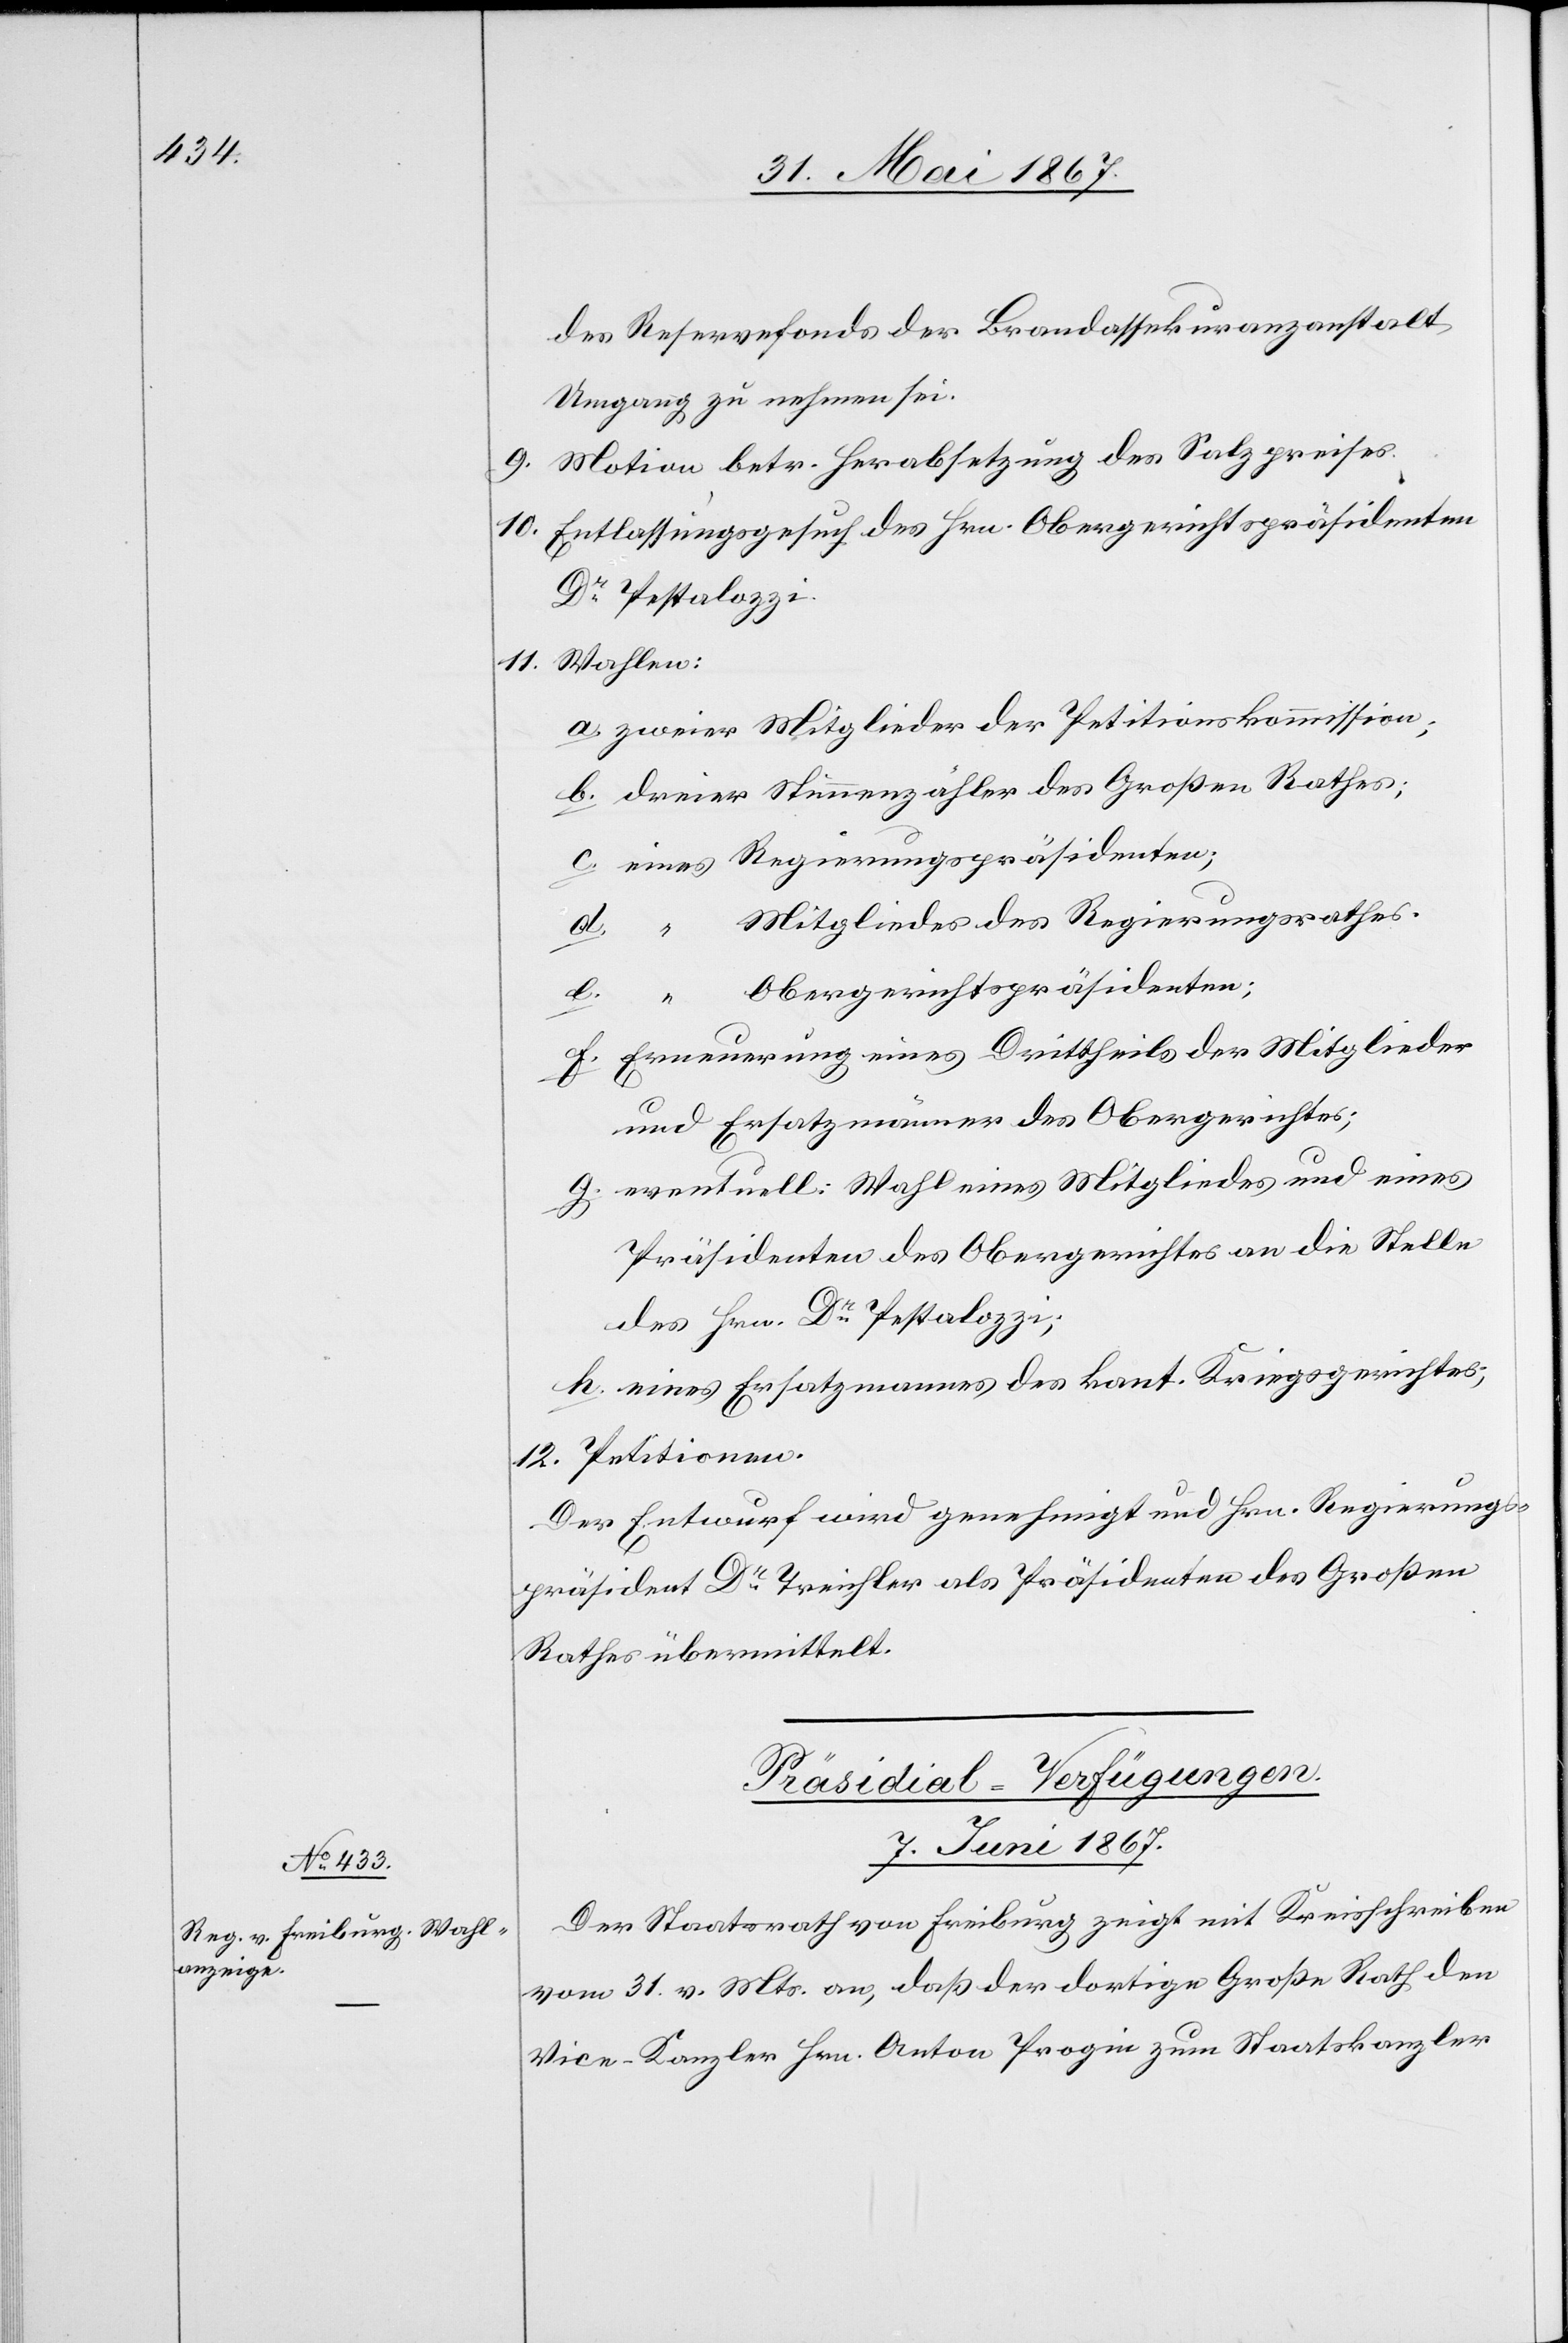
des Reservefonds der Brandassekuranzanstalt
Umgang zu nehmen sei.
9.	Motion betr. Herabsetzung des Salzpreises.
10.	Entlassungsgesuch des Hrn. Obergerichtspräsidenten
Dr. Pestalozzi.
11. 	Wahlen:
a. zweier Mitglieder der Petitionskommission;
b. dreier Stimmenzähler des Großen Rathes;
c. eines Regierungspräsidenten;
Mitgliedes des Regierungsrathes.
e. “ Obergerichtspräsidenten;
f. Erneuerung eines Drittheils der Mitglieder
und Ersatzmänner des Obergerichtes;
g. eventuell: Wahl eines Mitgliedes und eines
Präsidenten des Obergerichtes an die Stelle
des Hrn. Dr. Pestalozzi;
h. eines Ersatzmannes des kant. Kriegsgerichtes:
12.	Petitionen
Der Entwurf wurde genehmigt und Hrn. Regierungs¬
präsident Dr. Treichler als Präsidenten des Großen
Rathes übermittelt.
Präsidial-Verfügungen.
7. Juni 1867.
Der Staatsrath von Freiburg zeigt mit Kreisschreiben
vom 31. v. Mts. an, daß der dortige Große Rath den
Vice-Kanzler Hrn. Anton Progin zum Staatskanzler